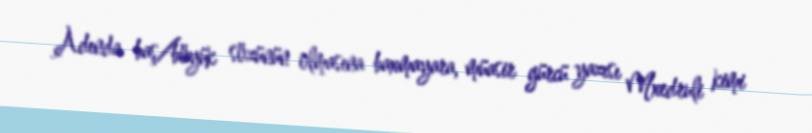
Adında baş/böyük sözünün olmasına baxmayara, müasir gürcü yazısı Mxedruli kimi